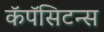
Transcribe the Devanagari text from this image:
कॅपॅसिटन्स